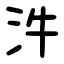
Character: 汼